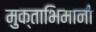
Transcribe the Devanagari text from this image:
मुक्ताभिमानी